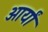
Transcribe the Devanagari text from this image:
आर्यां